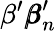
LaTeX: \beta^{\prime}{\pmb\beta}_{n}^{\prime}